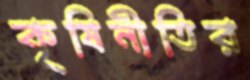
কৃষিনীতির